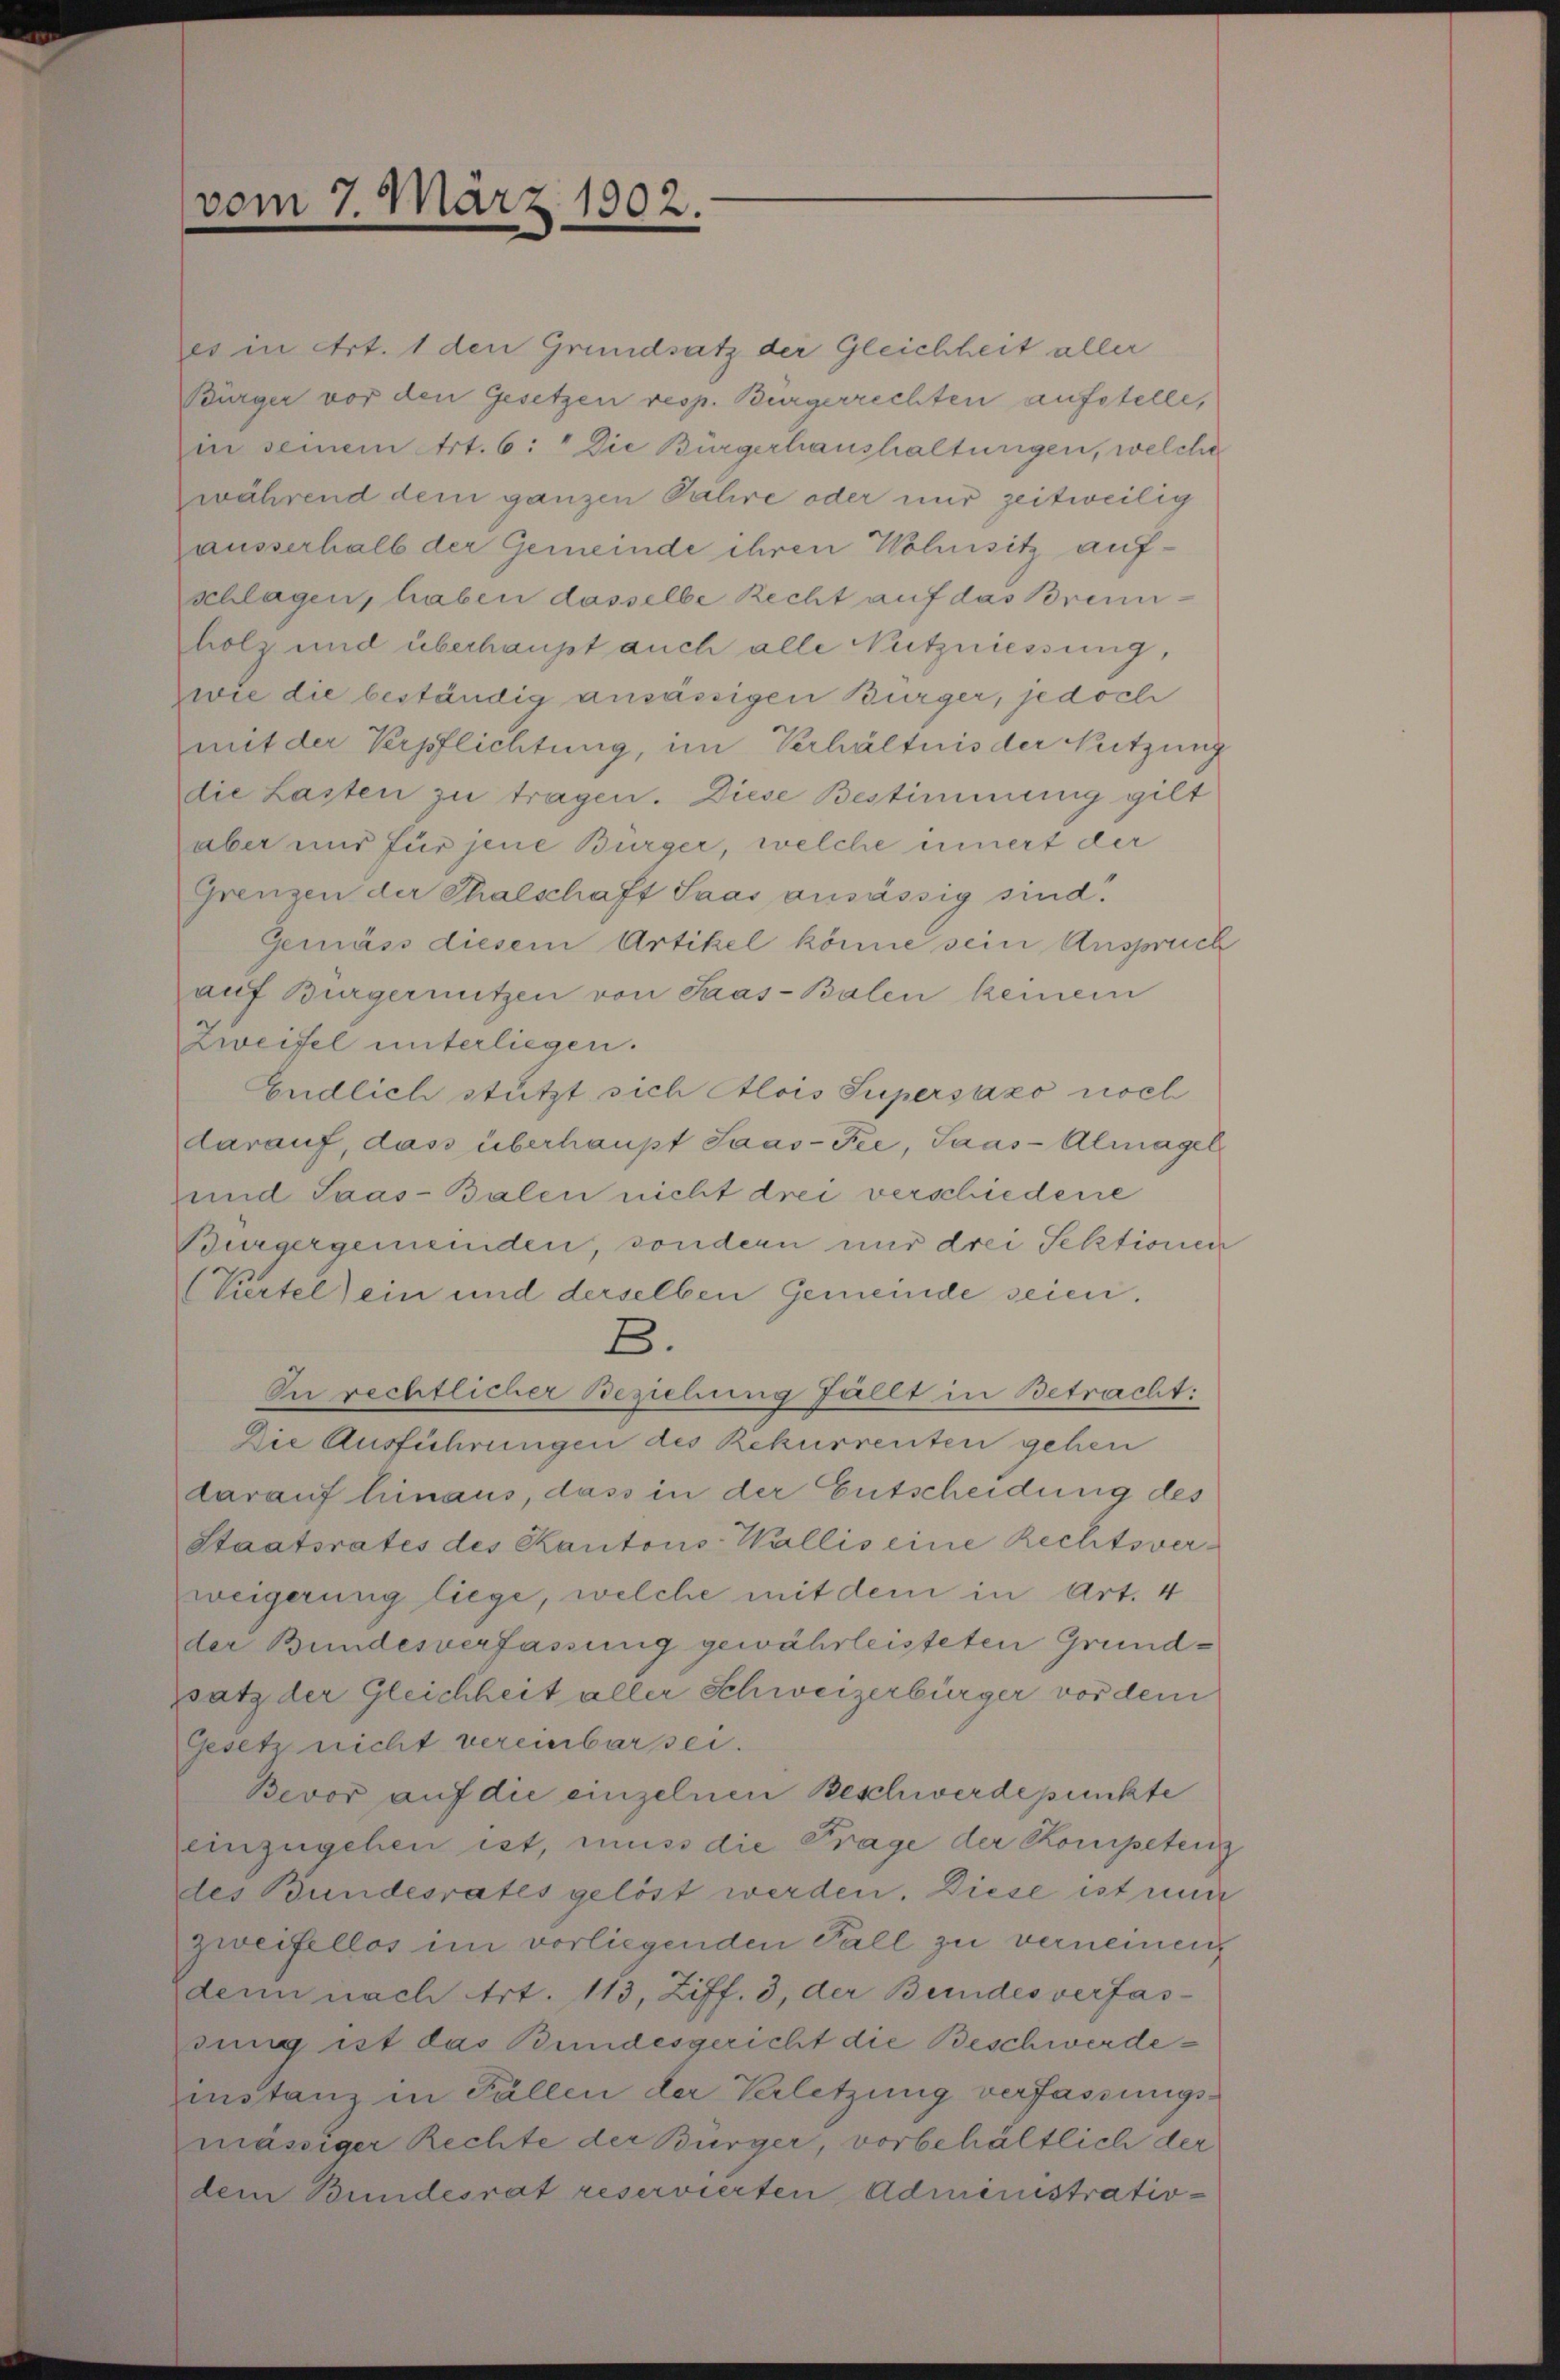
vom 7. März 1902.

ees in Art. 1 den Grundsatz der Gleichheit aller
Bürger vor den Gesetzen resp. Bürgerrechten aufstelle,
in seinem Art. 6: Die Bürgerhaushaltungen, welche
während dem ganzen Palire oder nur zeitweilig
ausserhalb der Gemeinde ihren Wohnsitz auf-
schlagen, haben dasselbe Recht auf das Brennholz und überhaupt auch alle Nutzniessung,
zwie die beständig ansässigen Bürger, jedoch
mit der Verpflichtung, im Verhältnis der Nutzung
die Lasten zu tragen. Diese Bestimmung gilt
aber und für jene Bürger, welche innert der
Grenzen der Thalschaft Saas ansässig sind.
Gemäss diesem Artikel könne sein Anspruch
auf Bürgernitzen von Saas-Balen keinem
Zweifel unterliegen.
Endlich stützt sich Alois Supersázo noch
darauf, das überhaupt Saas-Fee, Saas-Almagel
und Saas-Balen nicht drei verschiedene
Burgergemeinden, sondern nur drei Sektionen
(Viertel) ein und derselben Gemeinde seien.
B.
In rechtlicher Beziehung fällt in Betracht:
Die Ausführungen des Rekurrenten gehen
darauf hinaus, dass in der Entscheidung des
Staatsrates des Kantons Wallis eine Rechtsverweigerung liege, welche mit dem in Art. 4
der Bundesverfassung gewährleisteten Grundpsatz der Gleichheit aller Schweizerbürger vor dem
Gesetz nicht vereinbar sei.
Bevor auf die einzelnen Beschwerdepunkte
einzugehen ist, muss die Frage der Kompeten
des Bundesrates gelöst werden. Diese ist mir
zweifellos im vorliegenden Fall zu verneinen
denn nach Art. 113, Ziff. 3, der Bundesverfas-
ding ist das Bundesgericht die Beschwerdeinstanz in Fällen der Verletzung verfassungsmässiger Rechte der Bürger, vorbehältlich der
dem Bundesrat reservierten Administrativ-